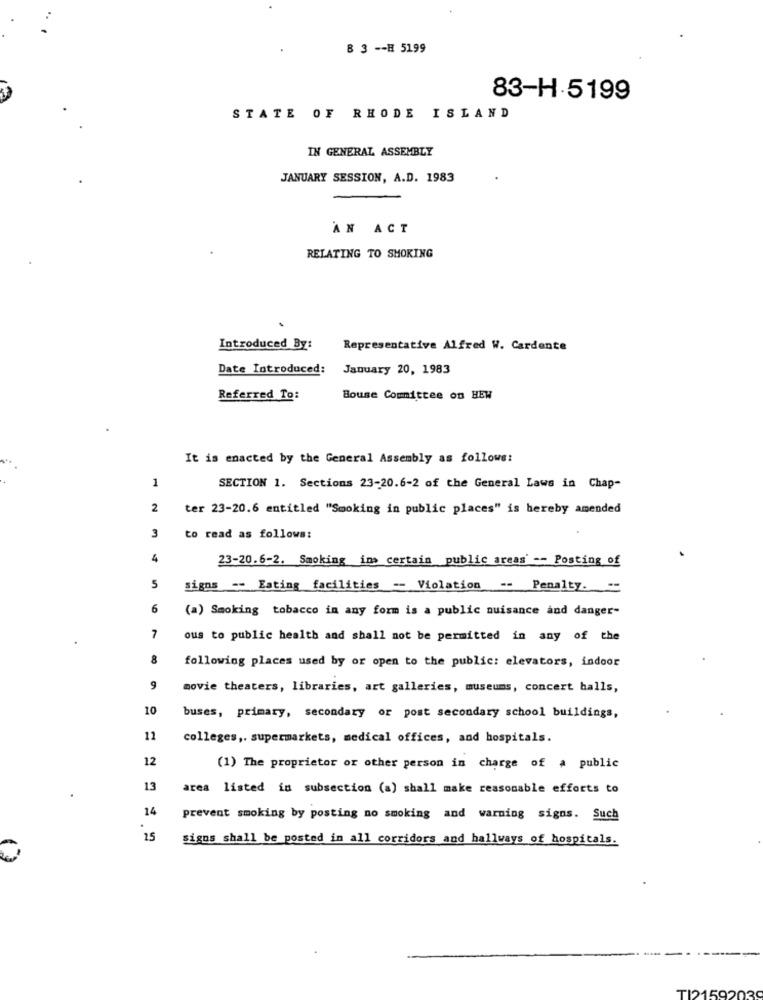
8 3 -- H 5199
83-H.5199
STATE OF RHODE ISLAND
IN GENERAL ASSEMBLY
JANUARY SESSION, A.D. 1983
AN ACT
RELATING TO SMOKING
Introduced By:
Representative Alfred W. Cardente
Date Introduced:
January 20, 1983
Referred To:
Bouse Committee on HEW
It is enacted by the General Assembly as follows:
1
SECTION 1. Sections 23-20.6-2 of the General Laws in Chap-
2
ter 23-20.6 entitled "Smoking in public places" is hereby amended
3
to read as follows:
4
23-20.6-2. Smoking ins certain public areas' -- Posting of
5
signs -- Eating facilities -- Violation -- Penalty .:
6
(a) Smoking tobacco in any form is a public nuisance and danger-
7
ous to public health and shall not be permitted in any of the
8
following places used by or open to the public: elevators, indoor
9
movie theaters, libraries, art galleries, museums, concert halls,
10
buses, primary, secondary or post secondary school buildings,
11
colleges ,. supermarkets, medical offices, and hospitals.
12
(1) The proprietor or other person in charge of a public
13
area listed in subsection (a) shall make reasonable efforts to
14
prevent smoking by posting no smoking and warning signs. Such
15
signs shall be posted in all corridors and hallways of hospitals.
T12